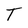
Character: T